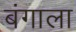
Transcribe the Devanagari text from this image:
बंगाला